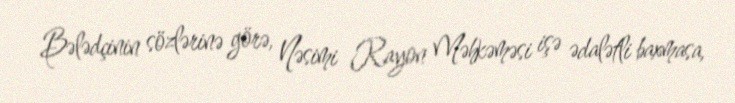
Bələdçinin sözlərinə görə, Nəsimi Rayon Məhkəməsi işə ədalətli baxmasa,